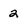
Character: 2